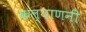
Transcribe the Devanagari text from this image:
कल्याणनी